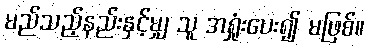
မည်သည့်နည်းနှင့်မျှ သူ အရှုံးပေး၍ မဖြစ်။